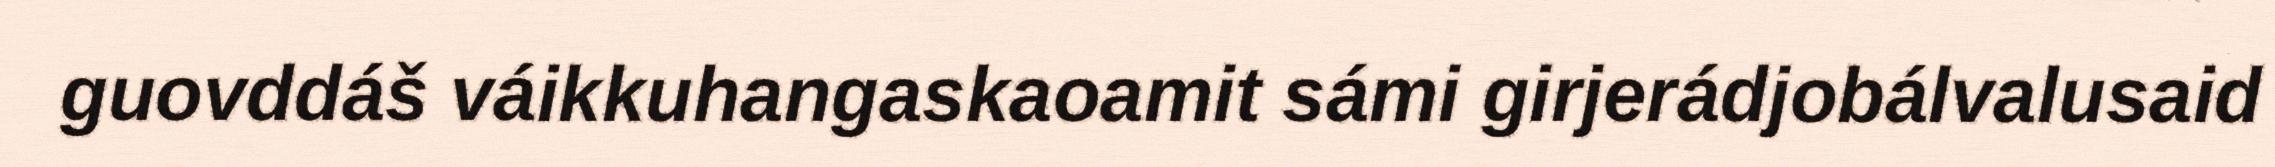
guovddáš váikkuhangaskaoamit sámi girjerádjobálvalusaid